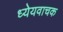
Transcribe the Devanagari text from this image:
ध्येयवाचक